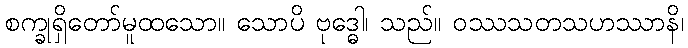
စက္ခုရှိတော်မူထသော။ သောပိ ဗုဒ္ဓေါ၊ သည်။ ဝဿသတသဟဿာနိ၊